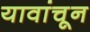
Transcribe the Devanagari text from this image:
यावांचून